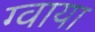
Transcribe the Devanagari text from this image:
ग्वाया